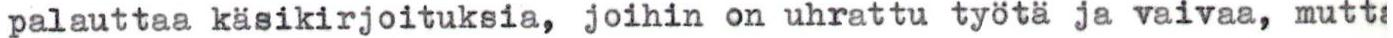
palauttaa käsikirjoituksia, joihin on uhrattu työtä ja vaivaa, mutta